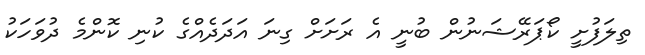
ތިލަފުށީ ކޯޕަރޭޝަނުން ބުނީ އެ ރަށަށް ގިނަ އަދަދެއްގެ ކުނި ކޮންމެ ދުވަހަކު